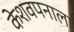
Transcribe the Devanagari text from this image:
केशवपनाला